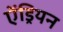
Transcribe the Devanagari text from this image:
ऐंड्रियन